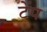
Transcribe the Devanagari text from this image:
टेंप